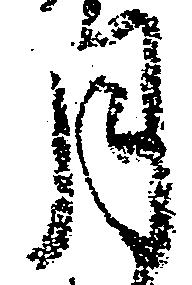
月